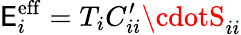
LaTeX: \mathsf{E}_{i}^{\mathrm{{eff}}}=T_{i}C_{ii}^{\prime}\cdotS_{ii}